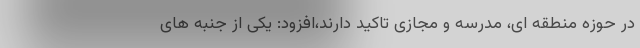
در حوزه منطقه ای، مدرسه و مجازی تاکید دارند،افزود: یکی از جنبه های